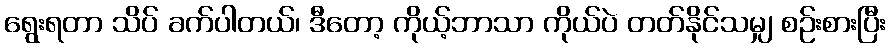
ရွေးရတာ သိပ် ခက်ပါတယ်၊ ဒီတော့ ကိုယ့်ဘာသာ ကိုယ်ပဲ တတ်နိုင်သမျှ စဉ်းစားပြီး